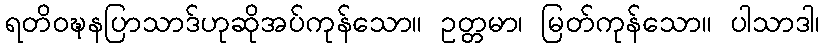
ရတိဝဍ္ဎနပြာသာဒ်ဟုဆိုအပ်ကုန်သော။ ဥတ္တမာ၊ မြတ်ကုန်သော။ ပါသာဒါ၊